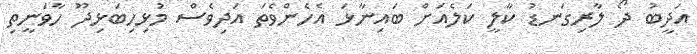
އަދީބު ދޯ ލާރިގަނޑު ކާލީ ކަލެއަށް ބައިނާޅަ އެހެންވެތަ އަދިވެސް މުޅިހިބަޅިދޫ ހާވަނީތި